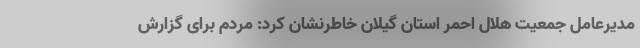
مدیرعامل جمعیت هلال احمر استان گیلان خاطرنشان کرد: مردم برای گزارش